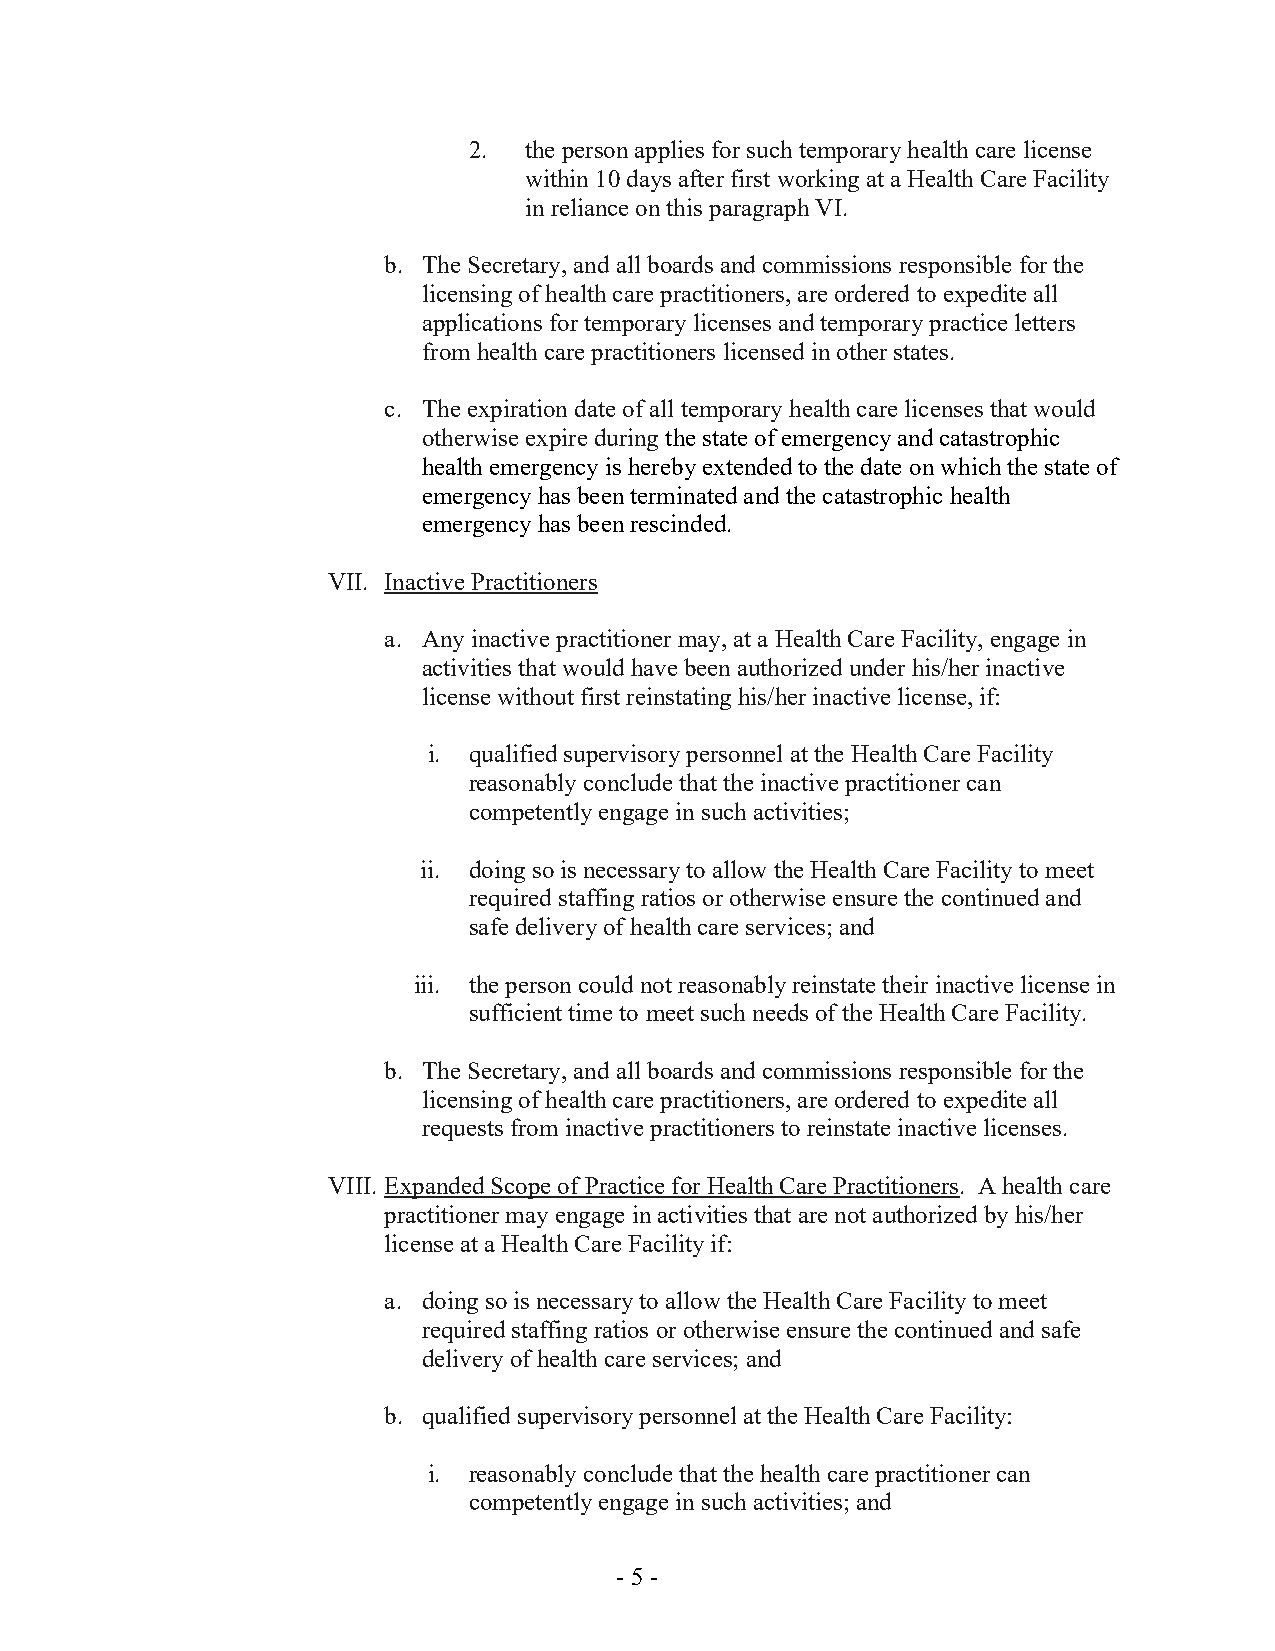
2.  the person applies for such temporary health care license
 within 10 days after first working at a Health Care Facility
 in reliance on this paragraph VI.
 b. The Secretary, and all boards and commissions responsible for the
 licensing of health care practitioners, are ordered to expedite all
 applications for temporary licenses and temporary practice letters
 from health care practitioners licensed in other states.
 c. The expiration date of all temporary health care licenses that would
 otherwise expire during the state of emergency and catastrophic
 health emergency is hereby extended to the date on which the state of
 emergency has been terminated and the catastrophic health
 emergency has been rescinded.
 VII. Inactive Practitioners
 a. Any inactive practitioner may, at a Health Care Facility, engage in
 activities that would have been authorized under his/her inactive
 license without first reinstating his/her inactive license, if:
 i. qualified supervisory personnel at the Health Care Facility
 reasonably conclude that the inactive practitioner can
 competently engage in such activities;
 ii. doing so is necessary to allow the Health Care Facility to meet
 required staffing ratios or otherwise ensure the continued and
 safe delivery of health care services; and
 iii. the person could not reasonably reinstate their inactive license in
 sufficient time to meet such needs of the Health Care Facility.
 b. The Secretary, and all boards and commissions responsible for the
 licensing of health care practitioners, are ordered to expedite all
 requests from inactive practitioners to reinstate inactive licenses.
 VIII. Expanded Scope of Practice for Health Care Practitioners. A health care
 practitioner may engage in activities that are not authorized by his/her
 license at a Health Care Facility if:
 a. doing so is necessary to allow the Health Care Facility to meet
 required staffing ratios or otherwise ensure the continued and safe
 delivery of health care services; and
 b. qualified supervisory personnel at the Health Care Facility:
 i. reasonably conclude that the health care practitioner can
 competently engage in such activities; and
 - 5 -